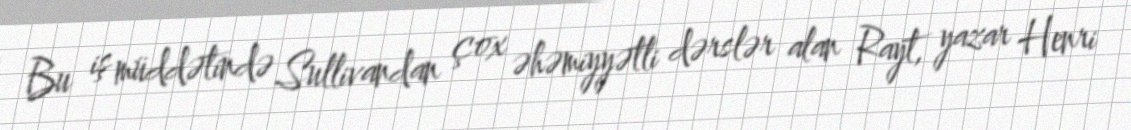
Bu iş müddətində Sullivandan çox əhəmiyyətli dərslər alan Rayt, yazar Henri